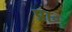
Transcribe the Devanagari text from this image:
प्रा॰